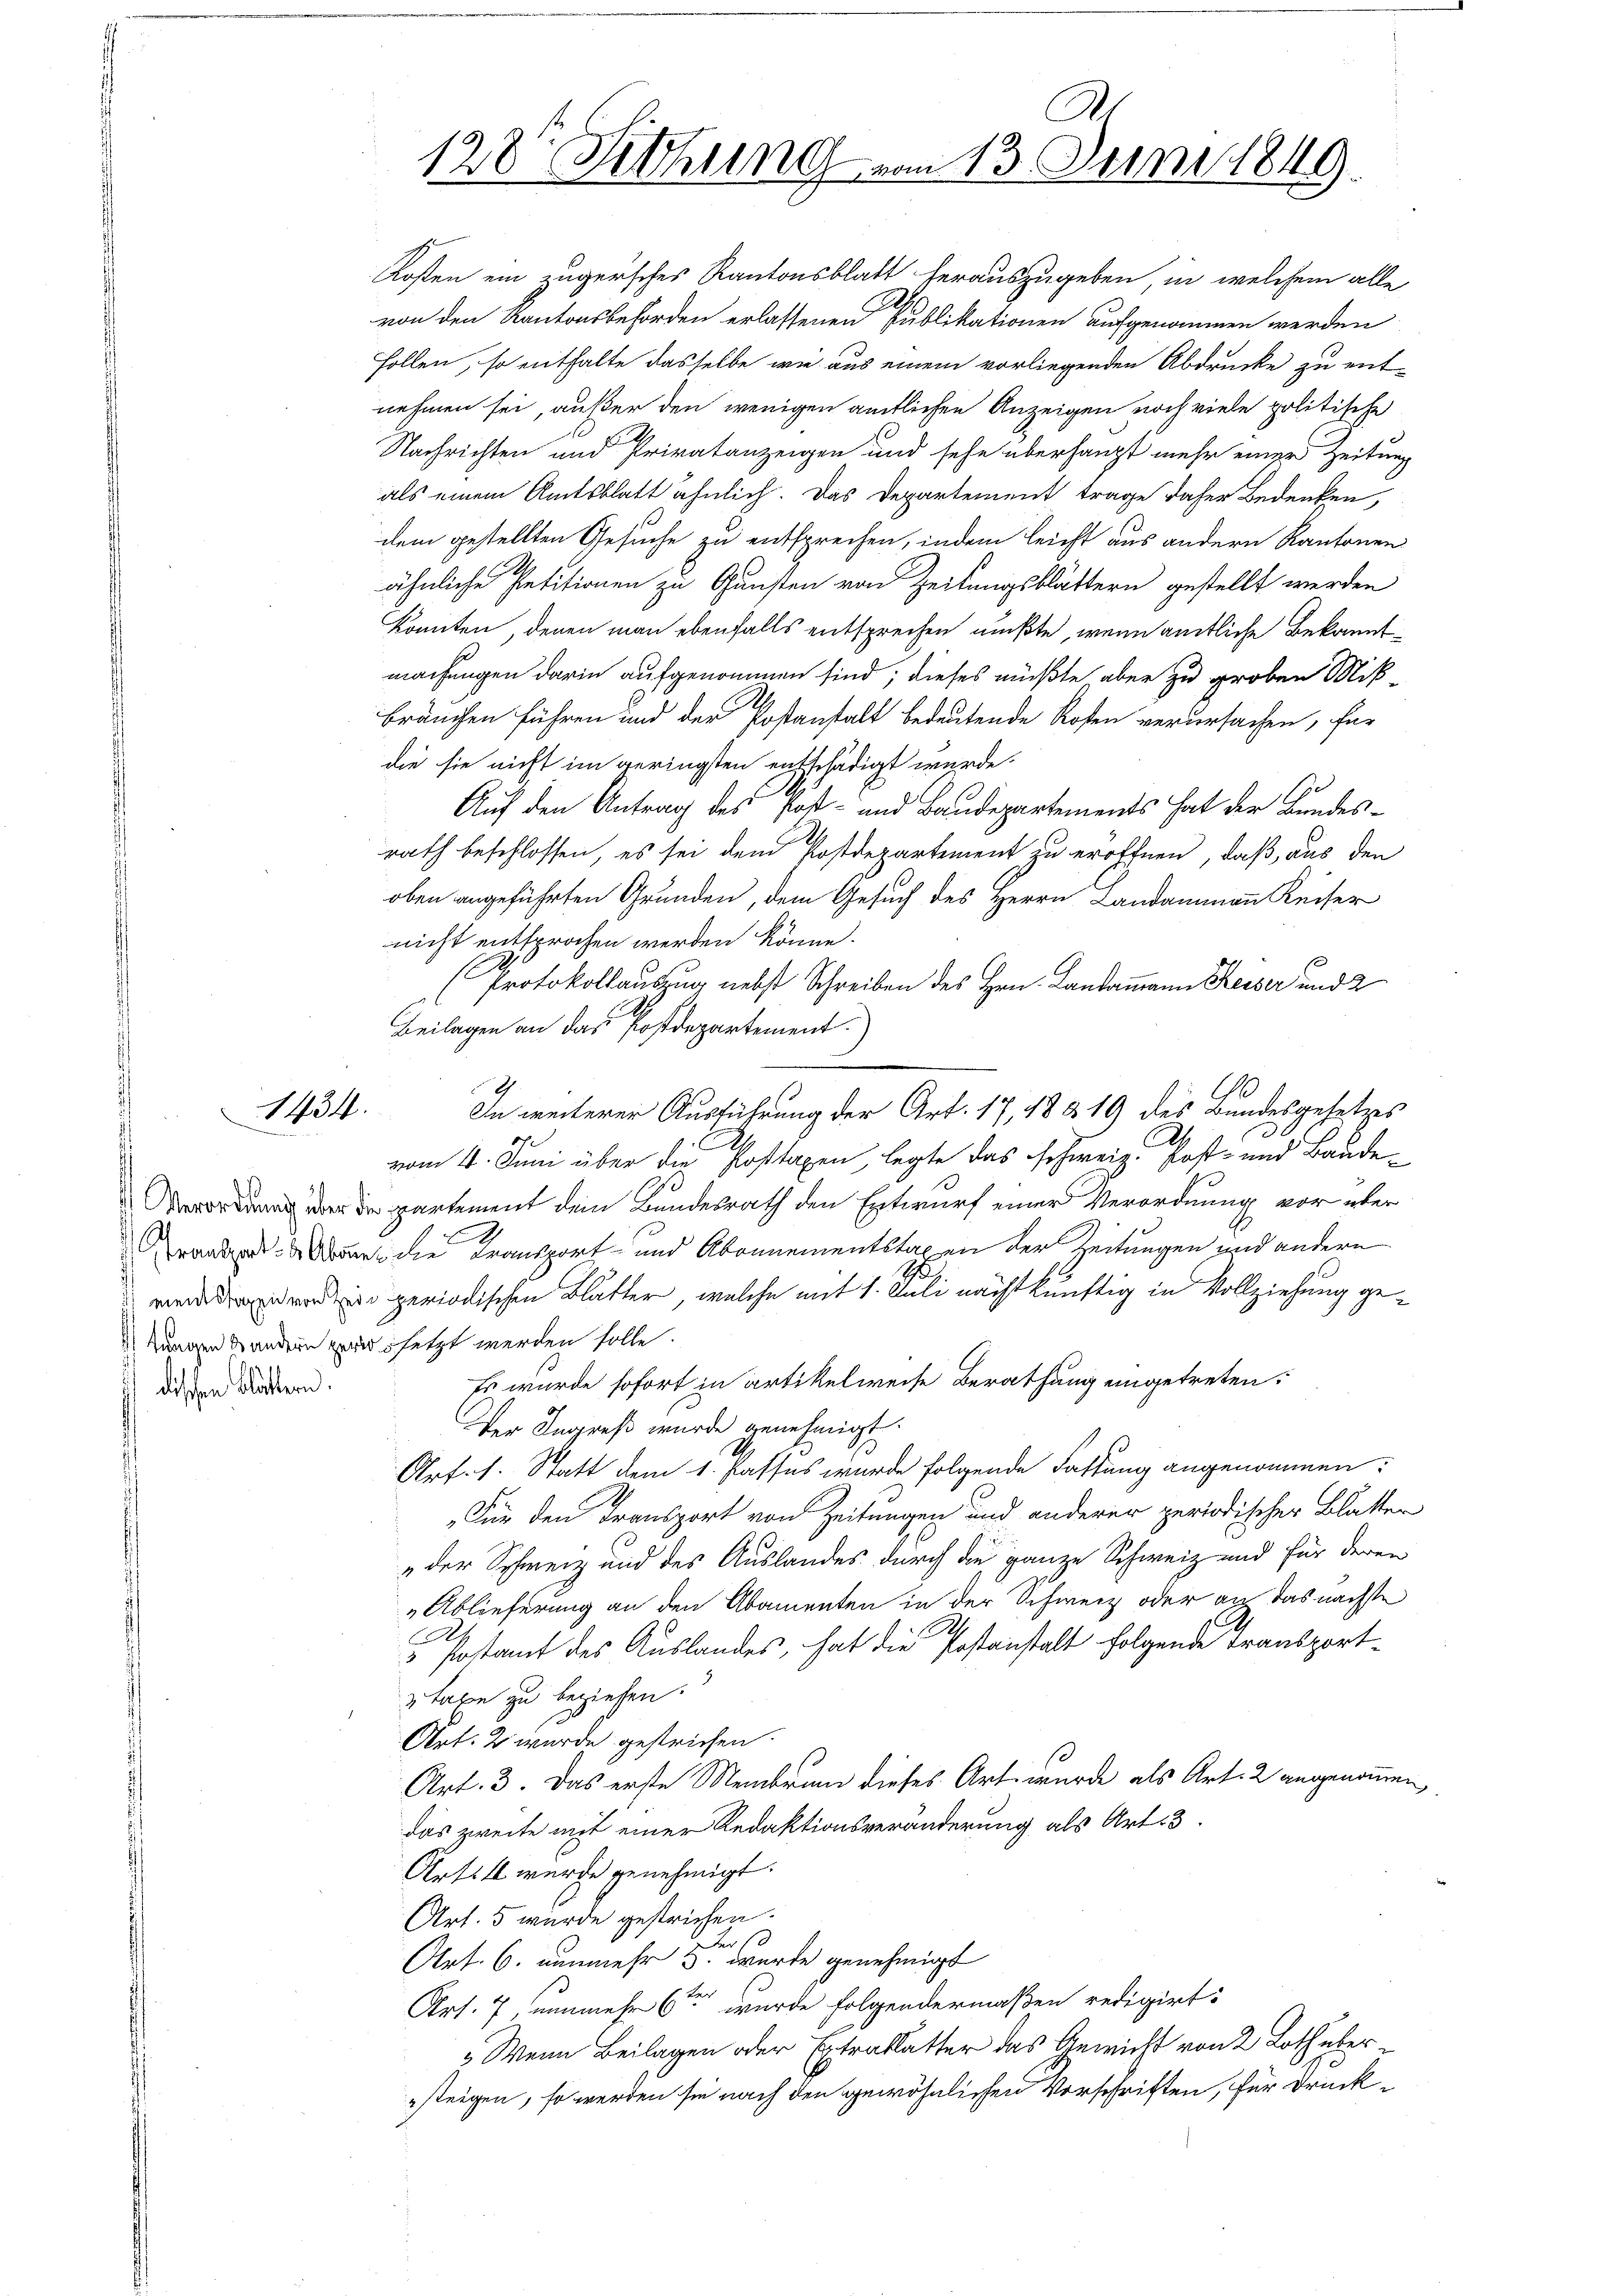
dischen Blättern.

1434.

Kosten ein zugersches Kantonsblatt herauszugeben, in welchem alle

von den Kantonsbehörden erlassenen Publikationen aufgenommen werden
Follen, so eithalte dasselbe wie aus einem vorliegenden Abdrücke zu ent-
nehmen sei, außer den wenigen amtlichen Anzeigen noch viele politische
Nachrichten und Privatanzeigen und sehe überhaupt mehr einer Zeitung
als einem Amtsblatt ähnlich. Das Departement trage daher Bedenken,
dem gestellten Gesuche zu entsprechen, indem leicht aus andern Kantonen
ähnliche Petitionen zu Gunsten von Zeitungsblättern gestellt werden
konnten, denen man ebenfalls entsprechen mußte, wenn amtliche Bekanntmachungen darin aufgenommen sind; dieses müßte aber zu groben Mit-
bräuchen führen und der Postanstalt bedeutende Rosen verursachen, für
die sie nicht im geringsten entschädigt wurde.
Auf den Antrag des Post- und Baudepartements hat der Bundesrath beschlossen, es sei dem Postdepartement zu eröffnen, daß aus den
oben angeführten Grunden, dem Gesuch des Herrn Landammann Keiser
nicht entsprochen werden könne.
Protokollauszug nebst Schreiben des Hrn. Landammann Kesser und 2
Beilagen an das Postdepartement.)
In weiterer Ausführung der Art. 17, 48319 des Bundesgesetzes
vom 4. Juni über die Posttaxen, legte das schweiz. Post- und Baude¬
3
 er de partement dem Bundesrath den Entwurf einer Verordnung vor über
rarben die Transport- und Abonnementstaxen der Zeitungen und andern
18
 periodischen Blatter, welche mit 1. Juli nacht künftig in Vollziehung ge¬
Zungen andern zwar setzt werden solle.
Es wurde sofort in artikelweise Berathung eingetreten.
Ver Ingreß wurde genehmigt.
Arf. 1. Statt dem 1. Passes wurde folgende Fassung angenommen:
Für den Transport von Zeitungen und anderer periodischer Blatten
„der Schweiz und des Auslandes durch die ganze Schweiz und für deren
„Ablieferung an den Abamenten in der Schweiz oder auf das nächste
.
 Postamt des Auslandes, hat die Postanstalt folgende Transportztaxe zu beziehen.
Art. 2 wurde gestrichen.
Art. 3. Das erste Membrunn dieses Art wurde als Art. 2 angenommen,
das zweite mit einer Redaktionsveränderung als Art. 3.
Artill wurde genehmigt.
Art. 5 wurde gestrichen.
 s
Art. 6. nunmehr so wurde genehmigt
Art. 7, nunmehr 6ten wurde folgendermaßen redigirt:
„Wenn Beilagen oder Extrablatter das Gewicht von 2 Loth über
steigen, so werden sie nach den gewöhnlichen Vorschriften, für Druck¬

dr
128. Sitzung vom 13. Juni 1849.